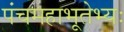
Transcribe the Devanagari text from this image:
पंचमहाभूतेभ्यः